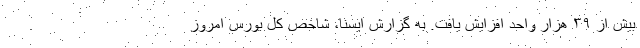
بیش از ۳۹ هزار واحد افزایش یافت. به گزارش ایسنا، شاخص کل بورس امروز